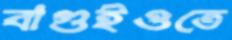
বাগুইওতে